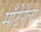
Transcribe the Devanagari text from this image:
माँटेरेला